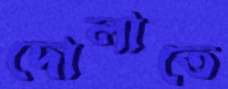
দোলাতে